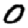
Digit: 0